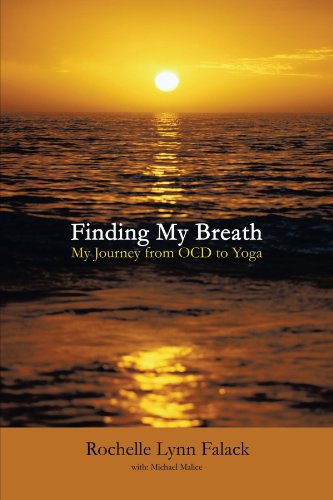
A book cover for Finding My Breath: My Journey From OCD To Yoga; Rochelle Lynn Falack; Health, Fitness & Dieting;